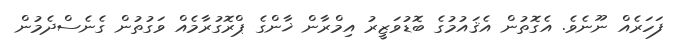
ފަހަރެއް ނޫނެވެ. އެގޮތުން އެޤައުމުގެ ބޮޑުވަޒީރު އިމްރާން ޚާންގެ ޕްރޮގުރާމެއް ވަގުތުން ގެނެސްދެމުން